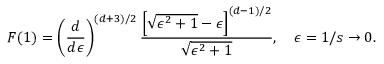
F ( 1 ) = \left( \frac { d } { d \epsilon } \right) ^ { ( d + 3 ) / 2 } { \frac { \left[ \sqrt { \epsilon ^ { 2 } + 1 } - \epsilon \right] ^ { ( d - 1 ) / 2 } } { \sqrt { \epsilon ^ { 2 } + 1 } } } , \quad \epsilon = 1 / s \to 0 .